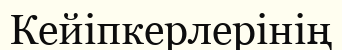
Кейіпкерлерінің